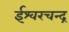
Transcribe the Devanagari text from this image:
ईश्वरचन्द्र